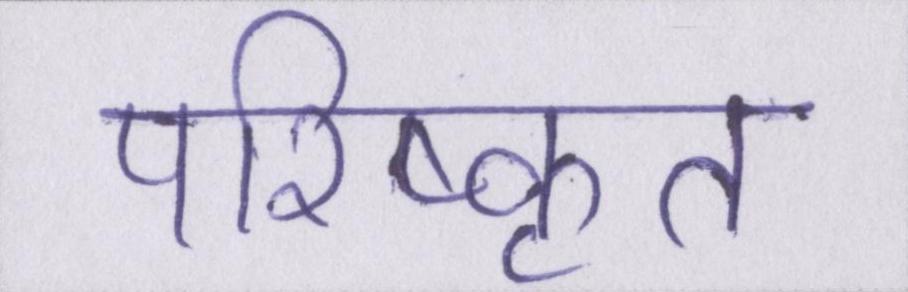
परिष्कृत